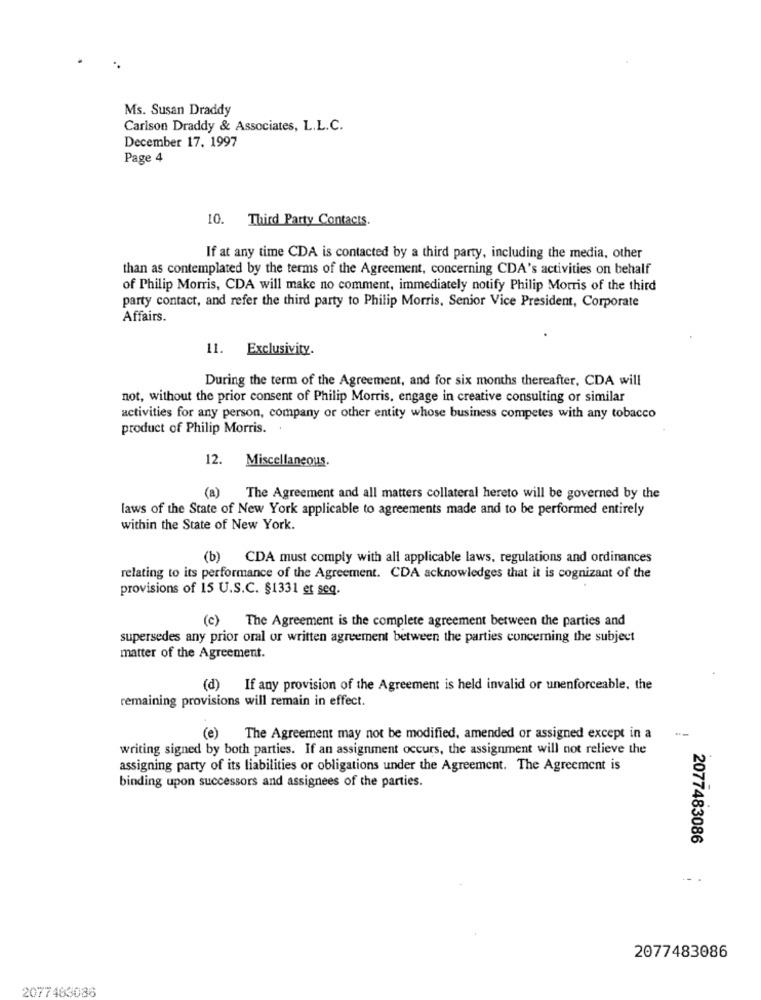
Ms. Susan Draddy
Carlson Draddy & Associates, L.L.C.
December 17. 1997
Page 4
10. Third Party Contacts.
If at any time CDA is contacted by a third party, including the media, other
than as contemplated by the terms of the Agreement, concerning CDA's activities on behalf
of Philip Morris, CDA will make no comment, immediately notify Philip Morris of the third
party contact, and refer the third party to Philip Morris, Senior Vice President, Corporate
Affairs.
11. Exclusivity.
During the term of the Agreement, and for six months thereafter, CDA will
not, without the prior consent of Philip Morris, engage in creative consulting or similar
activities for any person, company or other entity whose business competes with any tobacco
product of Philip Morris.
12. Miscellaneous.
(a) The Agreement and all matters collateral hereto will be governed by the
laws of the State of New York applicable to agreements made and to be performed entirely
within the State of New York.
(b)
CDA must comply with all applicable laws, regulations and ordinances
relating to its performance of the Agreement. CDA acknowledges that it is cognizant of the
provisions of 15 U.S.C. §1331 et seq.
(c)
The Agreement is the complete agreement between the parties and
supersedes any prior oral or written agreement between the parties concerning the subject
matter of the Agreement.
(d) If any provision of the Agreement is held invalid or unenforceable, the
remaining provisions will remain in effect.
(e) The Agreement may not be modified, amended or assigned except in a
writing signed by both parties. If an assignment occurs, the assignment will not relieve the
assigning party of its liabilities or obligations under the Agreement. The Agreement is
binding upon successors and assignees of the parties.
2077483086
2077483086
2077463086